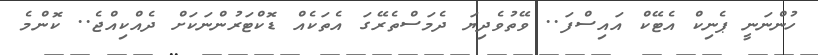
ހުންނަނީ ޕެނިކް އެޓޭކް އައިސްފަ.. ވޭތުވެދިޔަ ދެމަސްތެރޭގަ އެތަކެއް ޑޮކްޓަރުންނަކަށް ދެއްކިއްޖެ.. ކޮންމެ